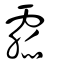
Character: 霢